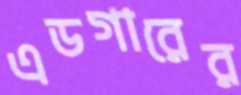
এডগারের